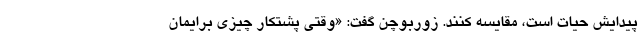
پیدایش حیات است، مقایسه کنند. زوربوچن گفت: «وقتی پشتکار چیزی برایمان